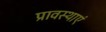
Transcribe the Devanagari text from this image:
प्रावस्थाएं